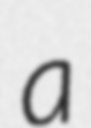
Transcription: a